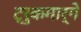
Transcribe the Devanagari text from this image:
ट्रुकमार्गे